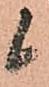
候